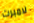
لامبرت